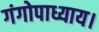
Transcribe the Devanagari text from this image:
गंगोपाध्याय।